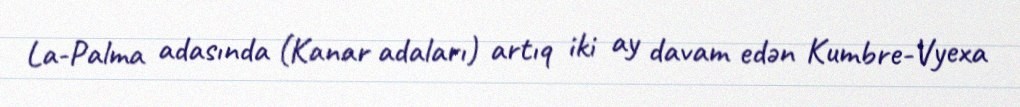
La-Palma adasında (Kanar adaları) artıq iki ay davam edən Kumbre-Vyexa